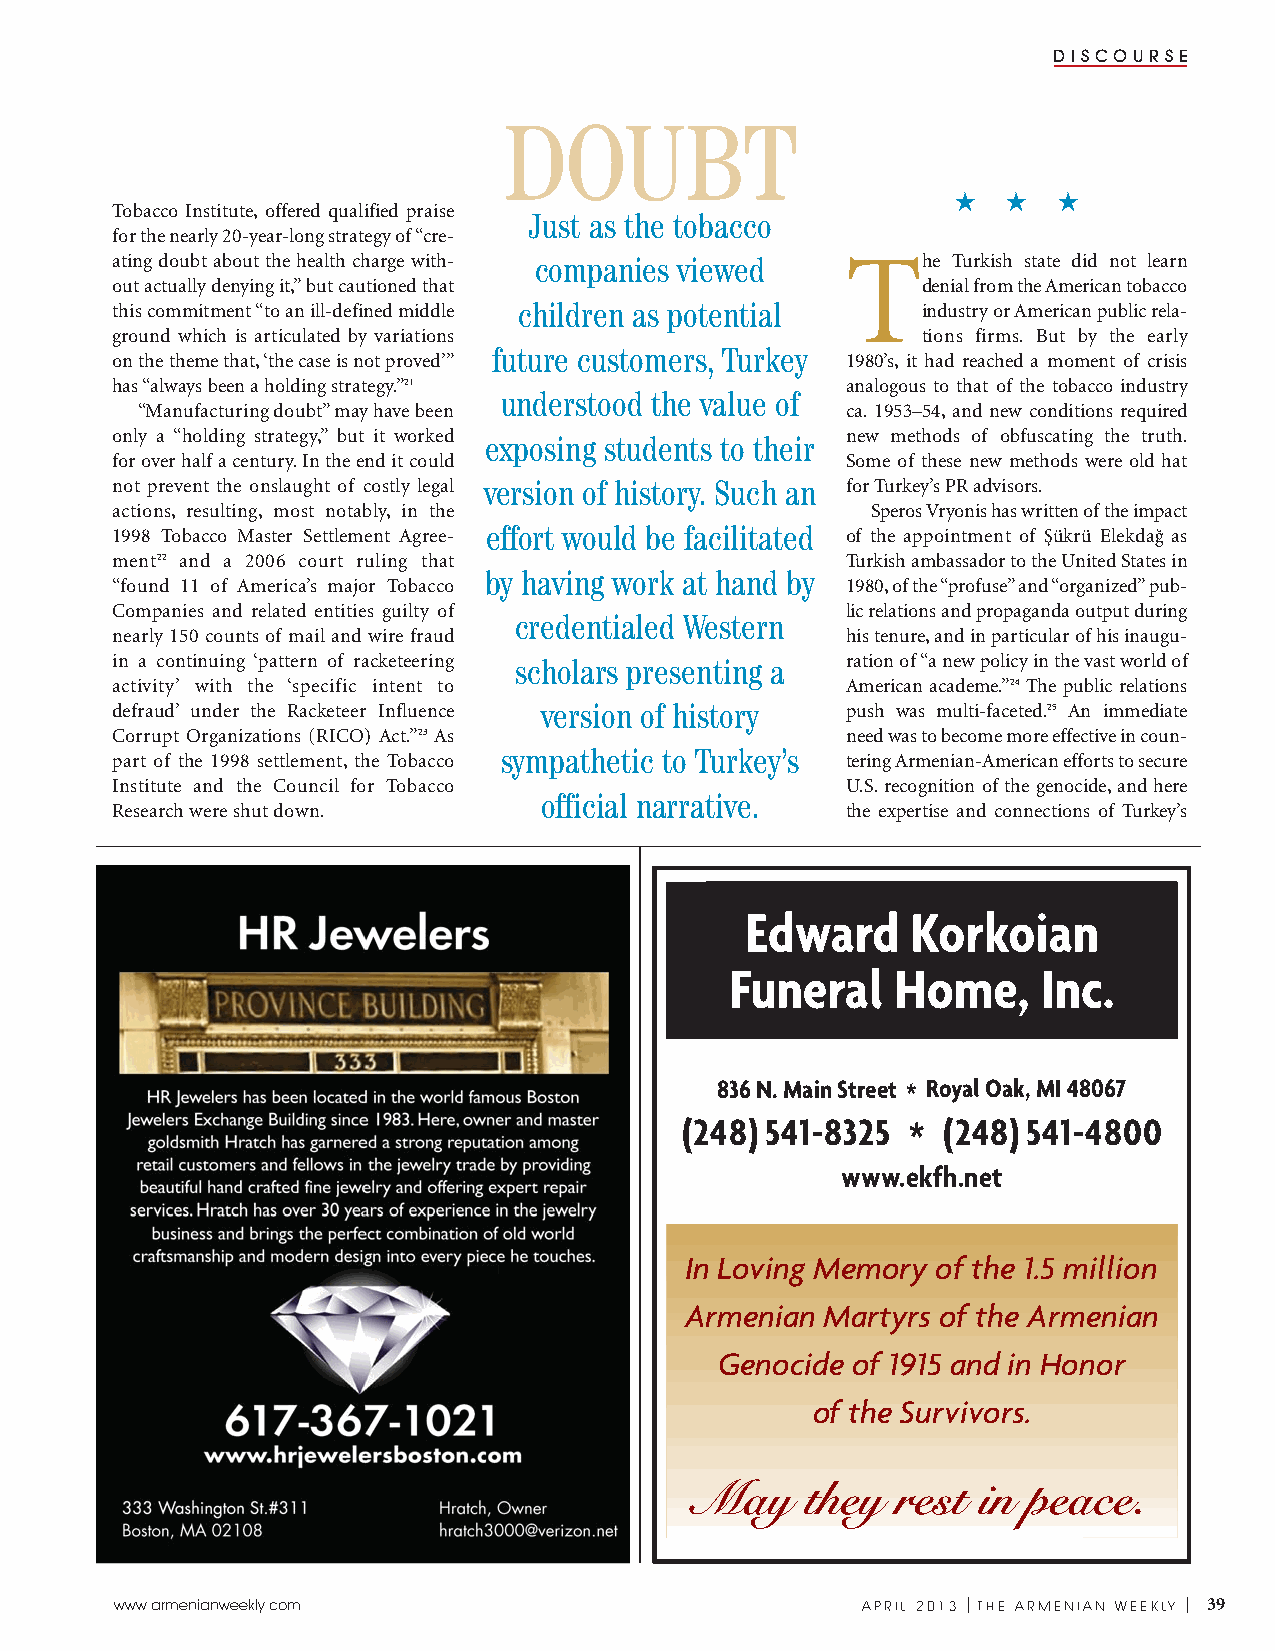
DISCOURSE
 DOUBT
 2  2   2
 Tobacco Institute, offered qualified praise
 Just as the tobacco
 for the nearly 20-year-long strategy of “cre-
 ating doubt about the health charge with- companies viewed The Turkish state did not learn
 out actually denying it,” but cautioned that          denial from the American tobacco
 this commitment “to an ill-defined middle children as potential industry or American public rela-
 ground which is articulated by variations             tions firms. But by the early
 future customers, Turkey
 on the theme that, ‘the case is not proved’”     1980’s, it had reached a moment of crisis
 has “always been a holding strategy.”21          analogous to that of the tobacco industry
 understood the value of
 “Manufacturing doubt” may have been            ca. 1953–54, and new conditions required
 only a “holding strategy,” but it worked exposing students to their new methods of obfuscating the truth.
 for over half a century. In the end it could     Some of these new methods were old hat
 not prevent the onslaught of costly legal version of history. Such an for Turkey’s PR advisors.
 actions, resulting, most notably, in the           Speros Vryonis has written of the impact
 1998 Tobacco Master Settlement Agree - effort would be facilitated of the appointment of Şükrü Elekdağ as
 ment22 and a 2006 court ruling that              Turkish ambassador to the United States in
 by having work at hand by
 “found 11 of America’s major Tobacco             1980, of the “profuse” and “organized” pub-
 Companies and related entities guilty of         lic relations and propaganda output during
 credentialed Western
 nearly 150 counts of mail and wire fraud         his tenure, and in particular of his inaugu-
 in a continuing ‘pattern of racketeering scholars presenting a ration of “a new policy in the vast world of
 activity’ with the ‘specific intent to           American academe.”24 The public relations
 defraud’ under the Racketeer Influence version of history push was multi-faceted.25 An immediate
 Corrupt Organiza tions (RICO) Act.”23 As         need was to become more effective in coun-
 sympathetic to Turkey’s
 part of the 1998 settlement, the Tobacco         tering Armenian-American efforts to secure
 Institute and the Council for Tobacco            U.S. recognition of the genocide, and here
 official narrative.
 Research were shut down.                         the expertise and connections of Turkey’s
 Edward     Korkoian
 Funeral    Home,     Inc.
 836 N. Main Street * Royal Oak, MI 48067
 (248)541-8325  * (248)541-4800
 www.ekfh.net
 In Loving Memory of the 1.5 million
 Armenian  Martyrs of the Armenian
 Genocide of 1915 and in Honor
 of the Survivors.
 May    they  rest  in peace.
 www.armenianweekly.com                           APRIL 2013 |THE ARMENIAN WEEKLY | 39